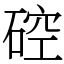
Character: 硿